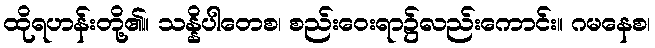
ထိုရဟန်းတို့၏။ သန္နိပါတေစ၊ စည်းဝေးရာ၌လည်းကောင်း။ ဂမနေစ၊